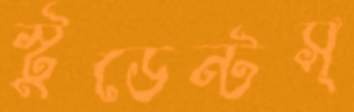
স্টুডেন্টস্